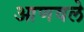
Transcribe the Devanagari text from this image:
आणवले